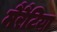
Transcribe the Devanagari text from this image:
मैरैटिया